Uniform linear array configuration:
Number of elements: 24
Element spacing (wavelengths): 0.75
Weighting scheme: exponential
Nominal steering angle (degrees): -15
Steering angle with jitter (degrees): -13.757
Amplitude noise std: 0.05
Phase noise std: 0.05

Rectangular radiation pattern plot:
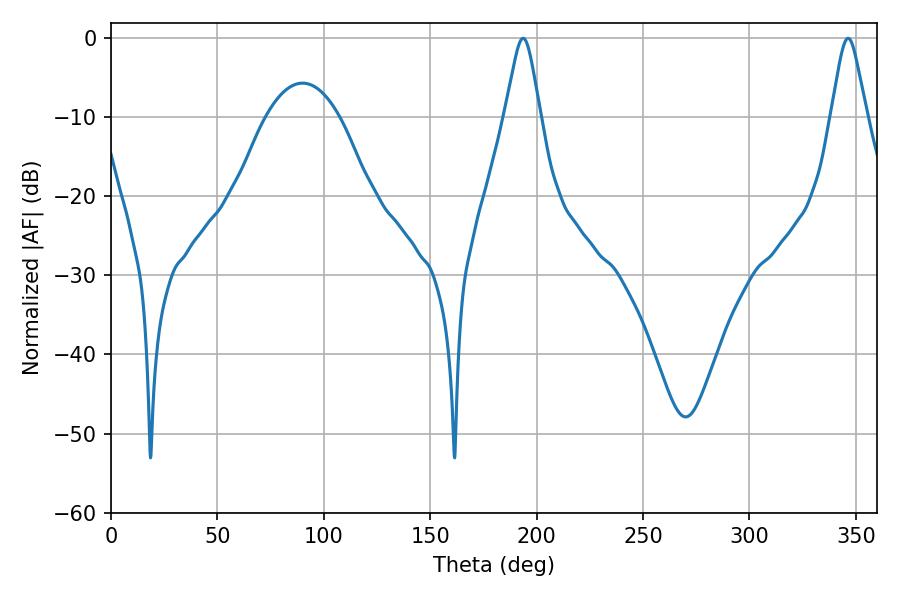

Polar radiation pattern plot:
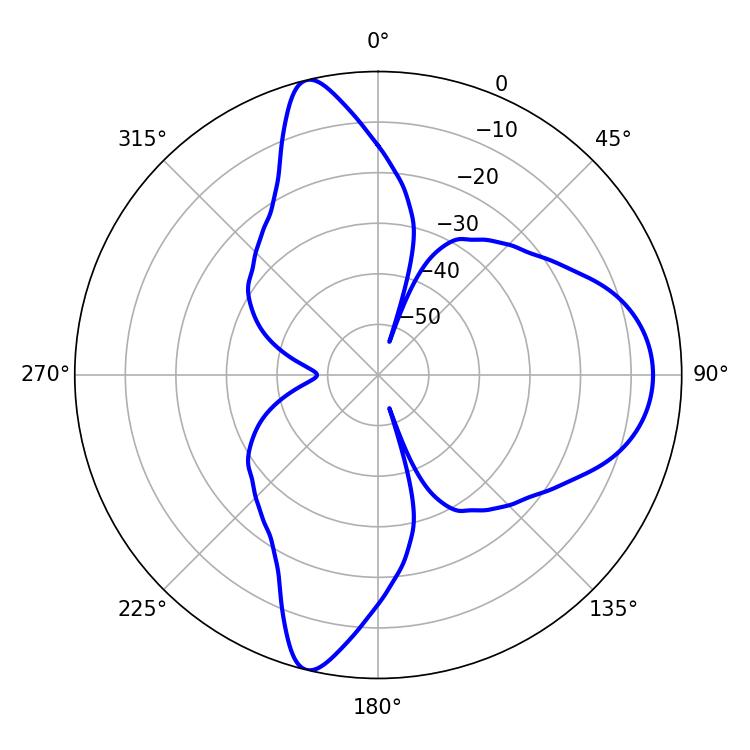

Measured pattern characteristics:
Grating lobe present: TRUE
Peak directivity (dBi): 14.708
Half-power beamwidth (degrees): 7.74
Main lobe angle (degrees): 193.68